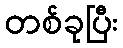
တစ်ခုပြီး